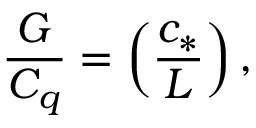
\frac { G } { C _ { q } } = \left( \frac { c _ { * } } { L } \right) ,